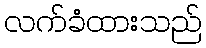
လက်ခံထားသည်